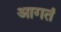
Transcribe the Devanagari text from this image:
आगतं